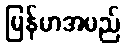
မြန်မာအမည်